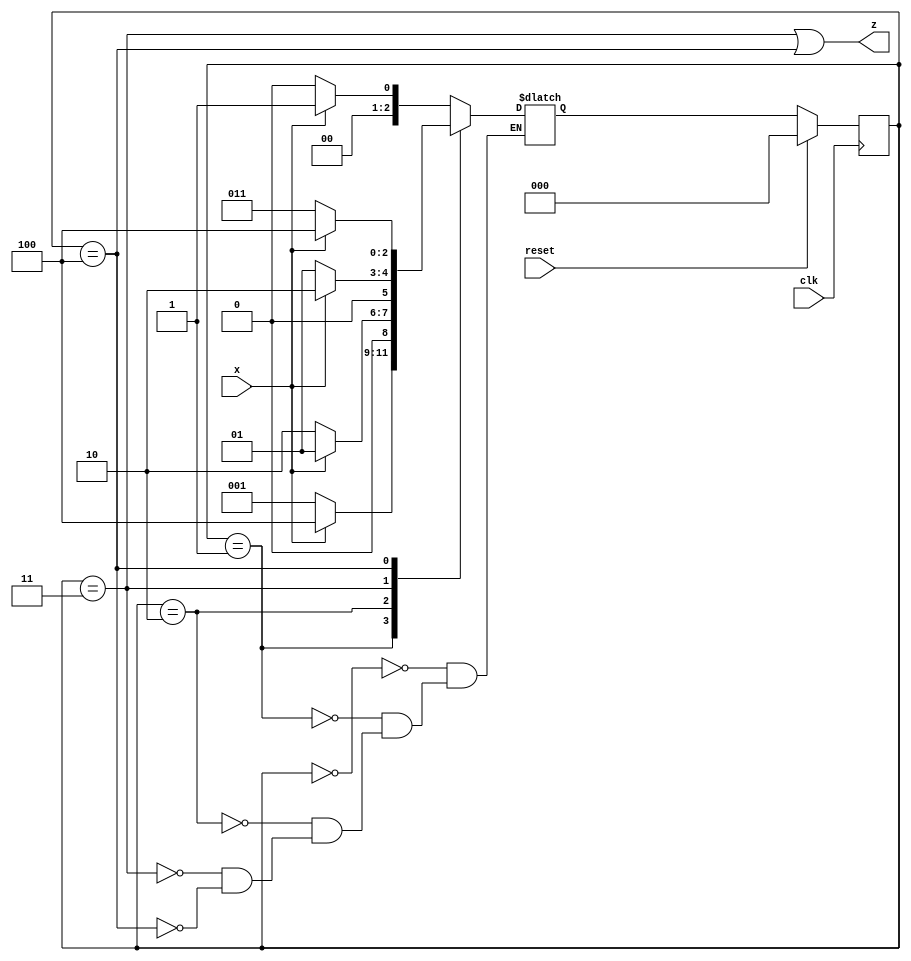
module top_module (
    input clk,
    input reset,   // Synchronous reset
    input x,
    output z
);
	parameter a = 0, b = 1, c = 2, d = 3, e = 4;
    reg [2:0] state, next;
    
    always @ (*) begin
        case(state)
            a : next = x ? b : a;
            b : next = x ? e : b;
            c : next = x ? b : c;
            d : next = x ? c : b;
            e : next = x ? e : d;
        endcase
    end
    always @ (posedge clk) begin
        if(reset) state <= a;
        else state <= next;
    end
    assign z = (state == d) || (state == e);
endmodule